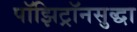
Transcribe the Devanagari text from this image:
पॉझिट्रॉनसुद्धा